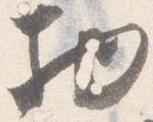
物